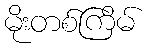
မိုးတစ်ကြိမ်